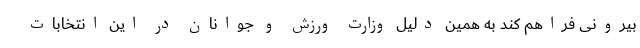
بیرونی فراهم کند به همین دلیل وزارت ورزش و جوانان در این انتخابات